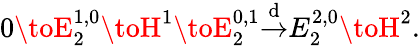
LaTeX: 0\toE_{2}^{1,0}\toH^{1}\toE_{2}^{0,1}{\overset{\mathrm{d}}{\to}}E_{2}^{2,0}\toH^{2}.